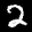
Label: 2